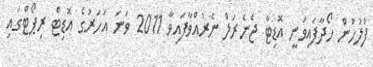
ފުލުހުން ހޯދާފައިވަނީ އޮޑިޓާ ޖެނެރަލް ނެރުއްވާފައިވާ 2011 ވަނަ އަހަރުގެ އޮޑިޓް ރިޕޯޓްގައި